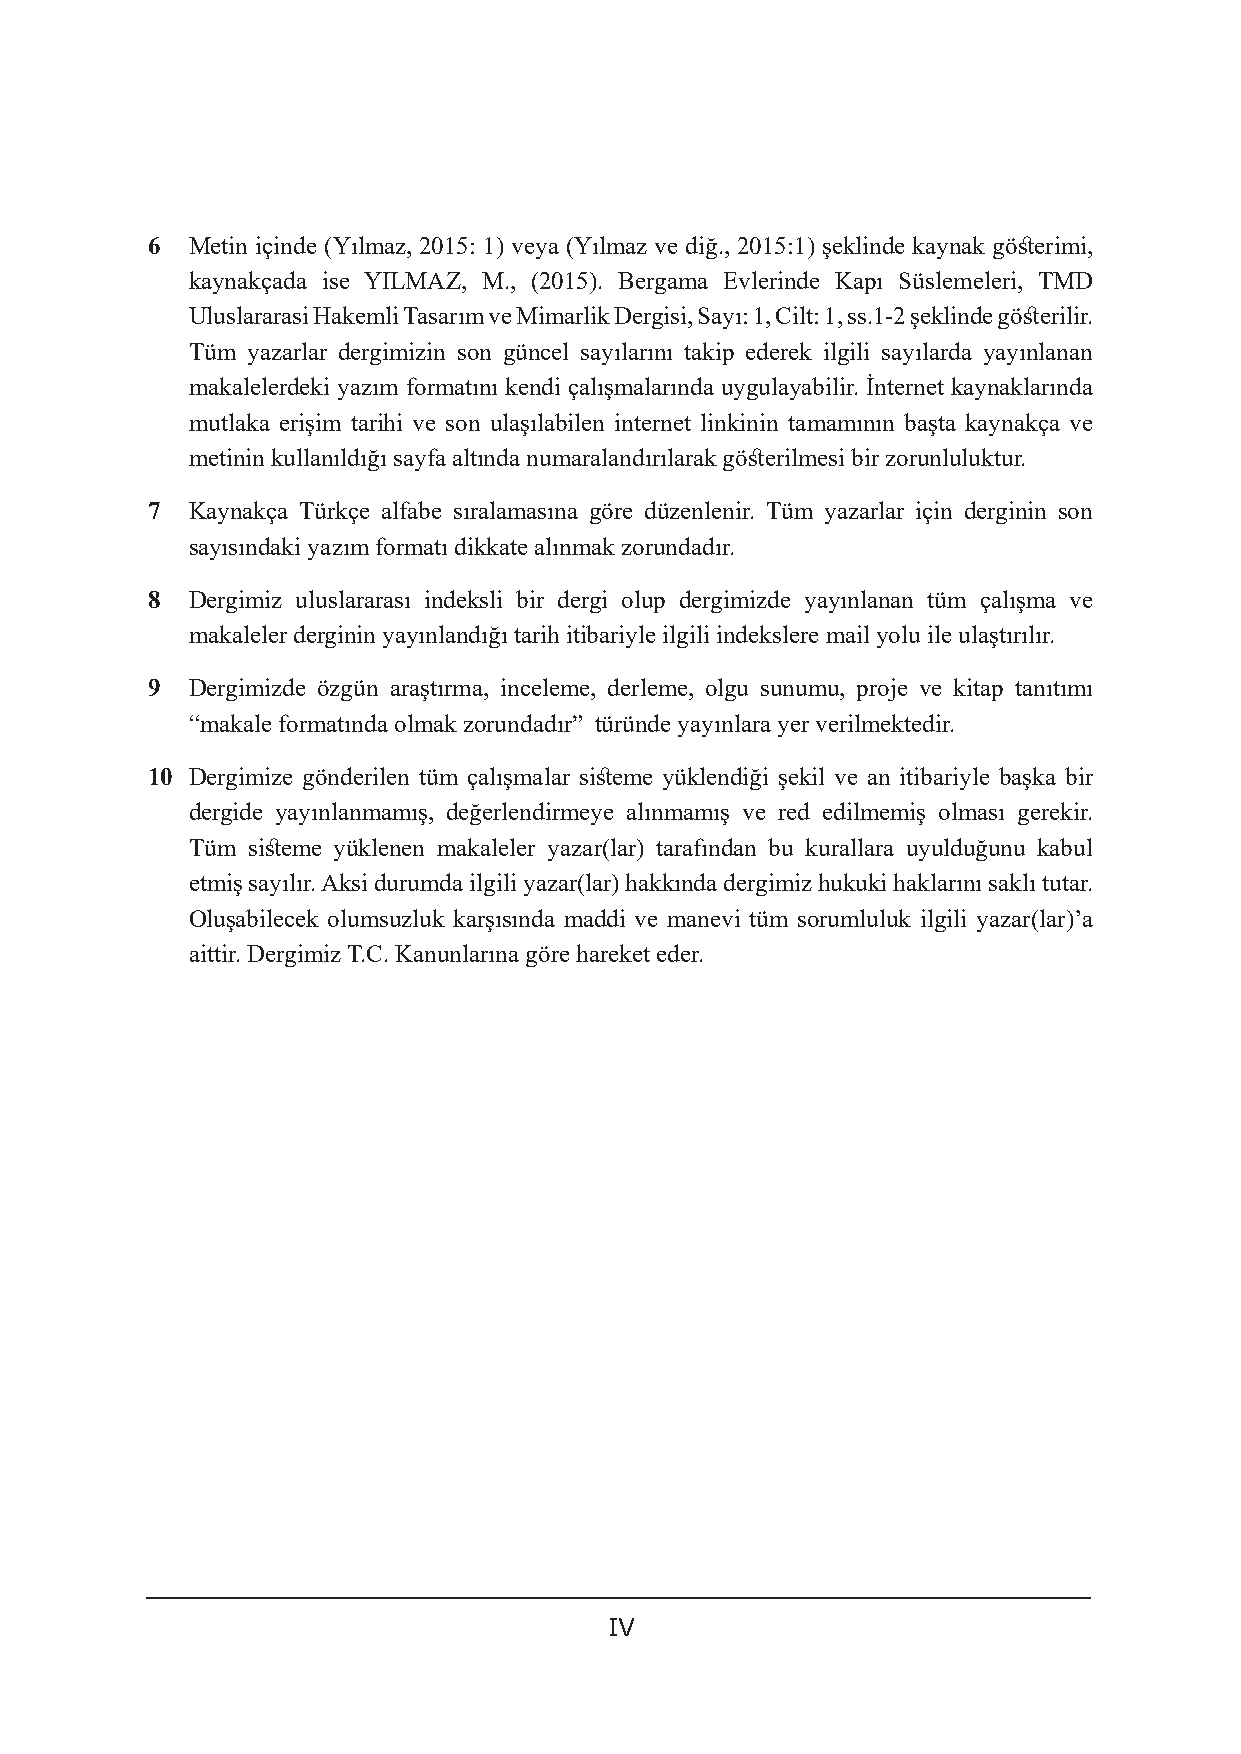
6  Metin içinde (Yılmaz, 2015: 1) veya (Yılmaz ve diğ., 2015:1) şeklinde kaynak gösterimi,
 kaynakçada ise YILMAZ, M., (2015). Bergama Evlerinde Kapı Süslemeleri, TMD
 Uluslararasi Hakemli Tasarım ve Mimarlik Dergisi, Sayı: 1, Cilt: 1, ss.1-2 şeklinde gösterilir.
 Tüm yazarlar dergimizin son güncel sayılarını takip ederek ilgili sayılarda yayınlanan
 makalelerdeki yazım formatını kendi çalışmalarında uygulayabilir. İnternet kaynaklarında
 mutlaka erişim tarihi ve son ulaşılabilen internet linkinin tamamının başta kaynakça ve
 metinin kullanıldığı sayfa altında numaralandırılarak gösterilmesi bir zorunluluktur.
 7  Kaynakça Türkçe alfabe sıralamasına göre düzenlenir. Tüm yazarlar için derginin son
 sayısındaki yazım formatı dikkate alınmak zorundadır.
 8  Dergimiz uluslararası indeksli bir dergi olup dergimizde yayınlanan tüm çalışma ve
 makaleler derginin yayınlandığı tarih itibariyle ilgili indekslere mail yolu ile ulaştırılır.
 9  Dergimizde özgün araştırma, inceleme, derleme, olgu sunumu, proje ve kitap tanıtımı
 “makale formatında olmak zorundadır” türünde yayınlara yer verilmektedir.
 10 Dergimize gönderilen tüm çalışmalar sisteme yüklendiği şekil ve an itibariyle başka bir
 dergide yayınlanmamış, değerlendirmeye alınmamış ve red edilmemiş olması gerekir.
 Tüm sisteme yüklenen makaleler yazar(lar) tarafından bu kurallara uyulduğunu kabul
 etmiş sayılır. Aksi durumda ilgili yazar(lar) hakkında dergimiz hukuki haklarını saklı tutar.
 Oluşabilecek olumsuzluk karşısında maddi ve manevi tüm sorumluluk ilgili yazar(lar)’a
 aittir. Dergimiz T.C. Kanunlarına göre hareket eder.
 IV